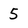
Character: 5